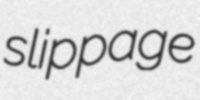
slippage